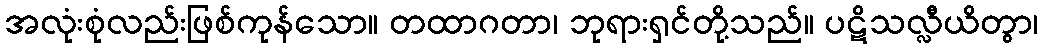
အလုံးစုံလည်းဖြစ်ကုန်သော။ တထာဂတာ၊ ဘုရားရှင်တို့သည်။ ပဋိသလ္လီယိတွာ၊